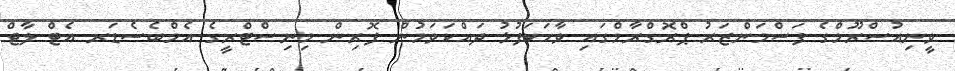
ވީނިއުސްރޫމްގެ ފަސްމަންޒަރު ޕްރޮގްރާމްގައި ވާހަކަފުޅު ދައްކަވަމުން ފޮރިން މިނިސްޓްރީގެ އެމްބެސެޑަރ އެޓް ލާޖް